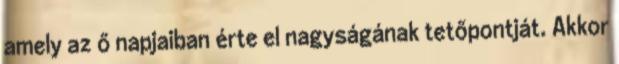
amely az ő napjaiban érte el nagyságának tetőpontját. Akkor